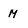
Character: M